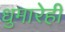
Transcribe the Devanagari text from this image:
धुमारेही